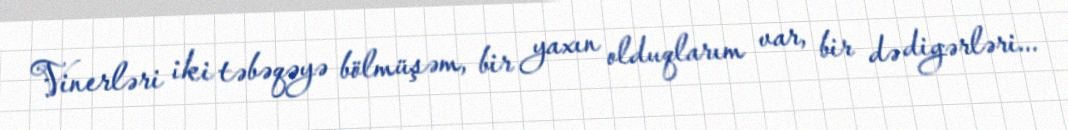
Vinerləri iki təbəqəyə bölmüşəm, bir yaxın olduqlarım var, bir də digərləri...